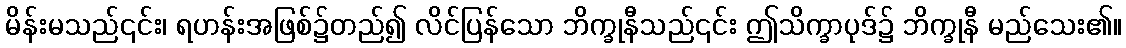
မိန်းမသည်၎င်း၊ ရဟန်းအဖြစ်၌တည်၍ လိင်ပြန်သော ဘိက္ခုနီသည်၎င်း ဤသိက္ခာပုဒ်၌ ဘိက္ခုနီ မည်သေး၏။